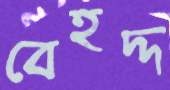
বেহদ্দ